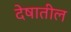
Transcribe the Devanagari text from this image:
देषातील